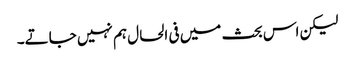
لیکن اس بحث میں فی الحال ہم نہیں جاتے۔